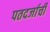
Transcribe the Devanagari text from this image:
पतदर्जाची